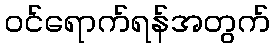
ဝင်ရောက်ရန်အတွက်